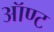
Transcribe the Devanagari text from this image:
ऑण्ट